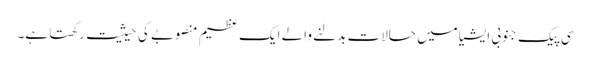
سی پیک جنوبی ایشیا میں حالات بدلنے والے ایک عظیم منصوبے کی حیثیت رکھتا ہے۔